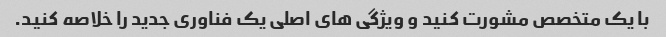
با یک متخصص مشورت کنید و ویژگی های اصلی یک فناوری جدید را خلاصه کنید.